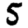
Digit: 5